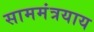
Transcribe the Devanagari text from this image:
साममंत्रयाय